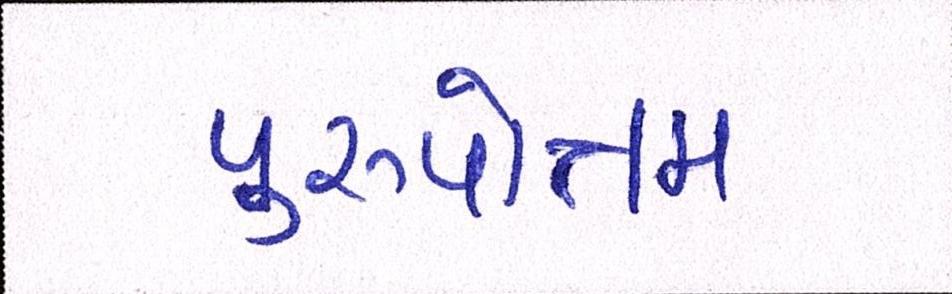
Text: પુરુષોત્તમ